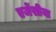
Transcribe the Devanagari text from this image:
एजेंसीया